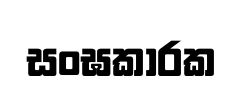
සංඝකාරක